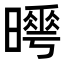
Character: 𣋌